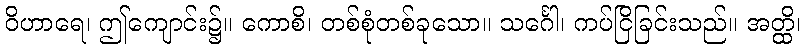
ဝိဟာရေ၊ ဤကျောင်း၌။ ကောစိ၊ တစ်စုံတစ်ခုသော။ သင်္ဂေါ၊ ကပ်ငြိခြင်းသည်။ အတ္ထိ၊